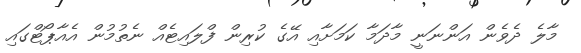
މާލެ ދެވެން އަންނަނީ މާދަމާ ކަމަށާއި އޭގެ ކުރިން ފްލައިޓެއް ނެތުމުން އެއާޕޯޓްގައި